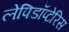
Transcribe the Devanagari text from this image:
लेपिडॉप्टेरिस